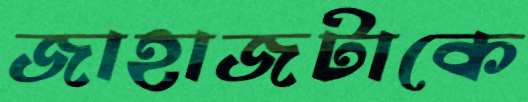
জাহাজটাকে